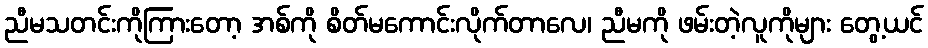
ညီမသတင်းကိုကြားတော့ အစ်ကို စိတ်မကောင်းလိုက်တာလေ၊ ညီမကို ဖမ်းတဲ့လူကိုများ တွေ့ယင်